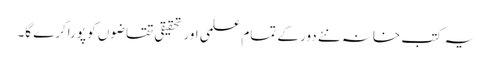
یہ کتب خانہ نئے دور کے تمام علمی اور تحقیقی تقاضوں کو پوراکرے گا۔